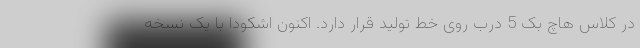
در کلاس هاچ بک 5 درب روی خط تولید قرار دارد. اکنون اشکودا با یک نسخه